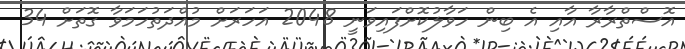
އޮސްތްރާރާ އާއި އެ ބިން ހަވާލުކޮށްފައިވަނީ 2048 އަހަރަށް މުއްދަތުހަމަވާ ގޮތަށް 34